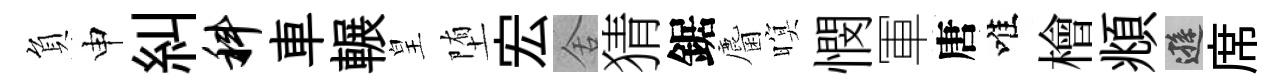
負申糾科車輾皇堕宏舍猜鋸麕暝憫軍唐唯檜頫遜席